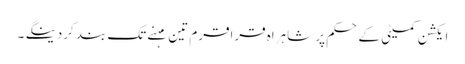
ایکشن کمیٹی کے حکم پر شاہراہ قراقرم تین مہنے تک بند کردینگے ۔